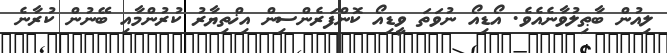
ލިއުން ބާޠިލުވާނެއެވެ. އޯޑިއޯ ނުވަތަ ވީޑިއޯ ކޮންފަރެންސިން އިޚްތިޔާރު ކުރުންމާއި ބޭނުން ކުރާނެ